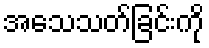
အသေသတ်ခြင်းကို